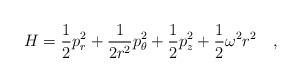
LaTeX: \begin{align*}H=\frac{1}{2}p^2_r+\frac{1}{2r^2}p^2_\theta+\frac{1}{2}p^2_z+\frac{1}{2}\omega^2r^2\ \ \ ,\end{align*}